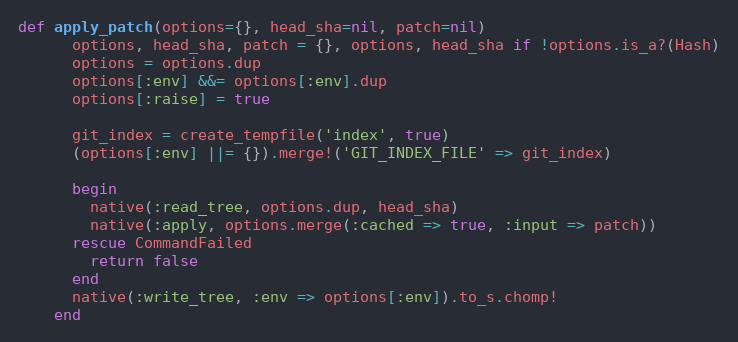
Language: Ruby
def apply_patch(options={}, head_sha=nil, patch=nil)
      options, head_sha, patch = {}, options, head_sha if !options.is_a?(Hash)
      options = options.dup
      options[:env] &&= options[:env].dup
      options[:raise] = true

      git_index = create_tempfile('index', true)
      (options[:env] ||= {}).merge!('GIT_INDEX_FILE' => git_index)

      begin
        native(:read_tree, options.dup, head_sha)
        native(:apply, options.merge(:cached => true, :input => patch))
      rescue CommandFailed
        return false
      end
      native(:write_tree, :env => options[:env]).to_s.chomp!
    end